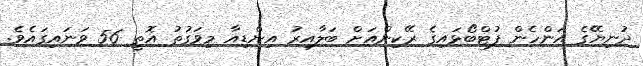
ދުނިޔޭގެ އަންހެން ފުޓްބޯޅައިގެ ރޭކިންއަށް ބަލާއިރު އިންޑިއާ މިވަގުތު އޮތީ 56 ވަނައިގައެވެ.